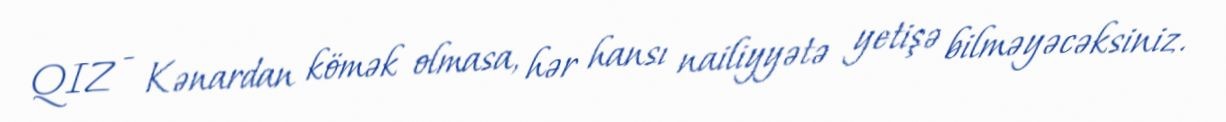
QIZ - Kənardan kömək olmasa, hər hansı nailiyyətə yetişə bilməyəcəksiniz.